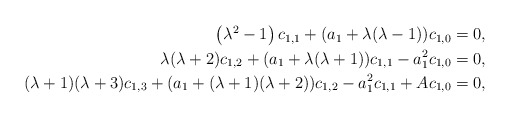
\begin{align*}\begin{aligned}\left(\lambda^2-1\right)c_{1,1}+(a_1+\lambda(\lambda-1))c_{1,0}=0&,\\\lambda(\lambda+2)c_{1,2}+(a_1+\lambda(\lambda+1))c_{1,1}-a_1^2c_{1,0}=0&,\\(\lambda+1)(\lambda+3)c_{1,3}+(a_1+(\lambda+1)(\lambda+2))c_{1,2}-a_1^2c_{1,1}+Ac_{1,0}=0&,\end{aligned}\end{align*}